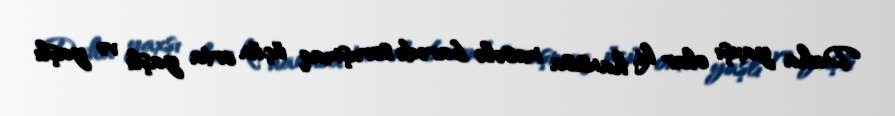
Daha yaxşı olar ki, hansısa məsələ barədə soruşmaq üçün orta yaşlı və yaşlı